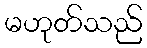
မဟုတ်သည်